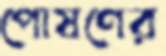
পোষণের